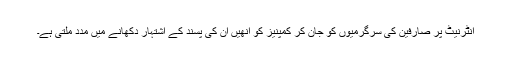
انٹرنیٹ پر صارفین کی سرگرمیوں کو جان کر کمپنیز کو انھیں ان کی پسند کے اشتہار دکھانے میں مدد ملتی ہے۔